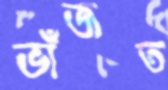
ভাঁজত